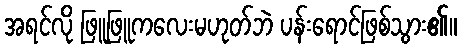
အရင်လို ဖြူဖြူကလေးမဟုတ်ဘဲ ပန်းရောင်ဖြစ်သွား၏။